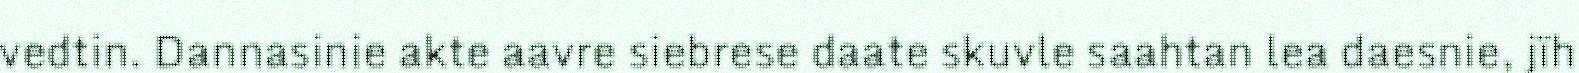
vedtin. Dannasinie akte aavre siebrese daate skuvle saahtan lea daesnie, jïh